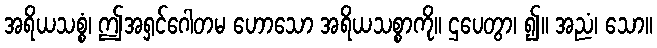
အရိယသစ္စံ၊ ဤအရှင်ဂေါတမ ဟောသော အရိယသစ္စာကို။ ဌပေတွာ၊ ၍။ အညံ၊ သော။